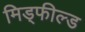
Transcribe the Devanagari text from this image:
मिड्फील्ड